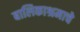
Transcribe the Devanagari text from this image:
बालिकाश्रमाचे